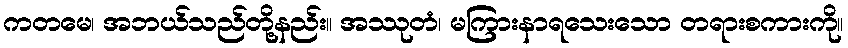
ကတမေ၊ အဘယ်သည်တို့နည်း။ အဿုတံ၊ မကြားနာရသေးသော တရားစကားကို။